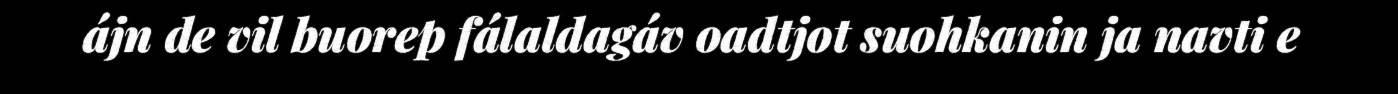
ájn de vil buorep fálaldagáv oadtjot suohkanin ja navti e